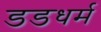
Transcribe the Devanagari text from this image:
डडधर्म